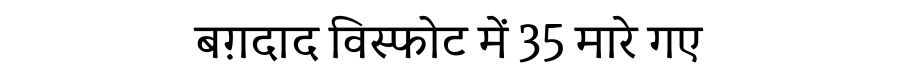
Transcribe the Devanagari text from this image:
बग़दाद विस्फोट में 35 मारे गए